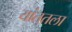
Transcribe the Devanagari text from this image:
यांततला